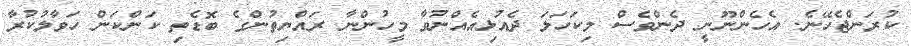
ކުރަންޖެހޭނެ. އެހެންނޫނީ ދެންވެސް މިކަހަލަ ދެއުޅިއެއްނުވާ މީހުންނާ ރައްޔިތުންގެ ބޮޑެތި ކަންކަން ހަވާލުކުރާ